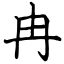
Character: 冉